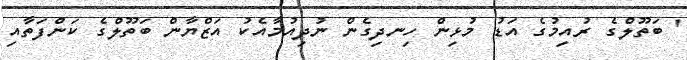
' ބަތޫލްގެ ރުއިމުގެ އަޑު މުޅިން ހިނދިގެން ނުދިއުމާއެކު އަޒްޔާން ބަތޫލްގެ ކަންފަތާއި